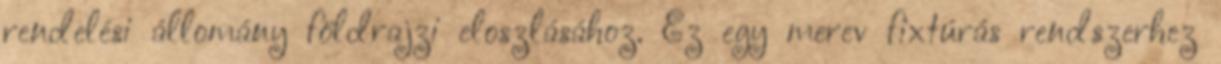
rendelési állomány földrajzi eloszlásához. Ez egy merev fixtúrás rendszerhez